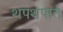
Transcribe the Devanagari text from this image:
थपथपाते